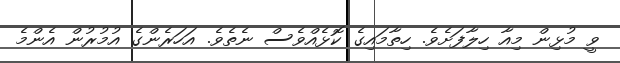
ވީ މުޅިން މިއާ ހިލާފަށެވެ. ހިތާމައިގެ ކޮޅެއްވެސް ނެތެވެ. އަހަރެންގެ އުމުރުން އެންމެ